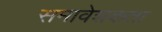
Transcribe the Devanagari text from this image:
समावेशकता